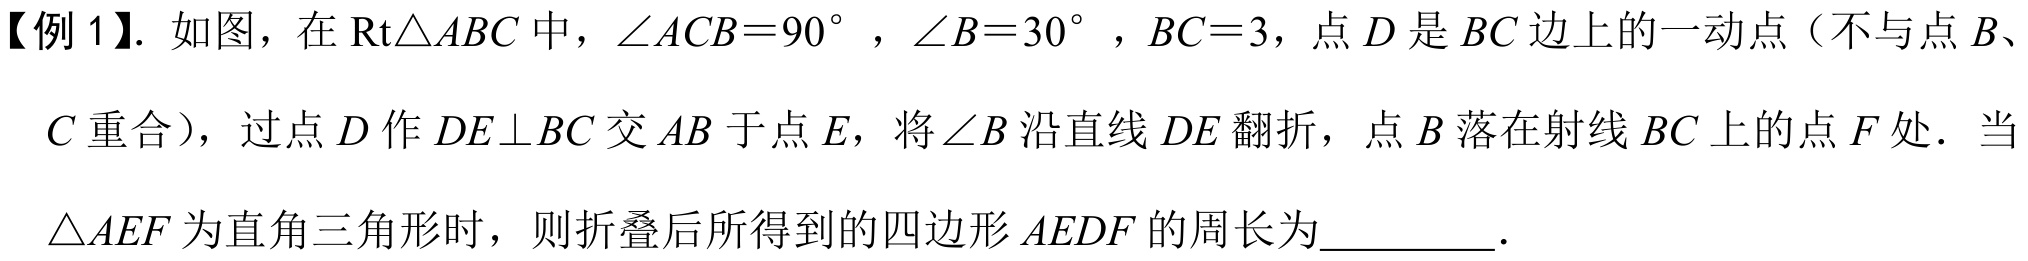
【例1】. 如图，在\(\text{Rt}\triangle ABC\)中，\(\angle ACB = 90^{\circ}\)，\(\angle B = 30^{\circ}\)，\(BC = 3\)，点\(D\)是\(BC\)边上的一动点（不与点\(B\)、\(C\)重合），过点\(D\)作\(DE\perp BC\)交\(AB\)于点\(E\)，将\(\angle B\)沿直线\(DE\)翻折，点\(B\)落在射线\(BC\)上的点\(F\)处．当\(\triangle AEF\)为直角三角形时，则折叠后所得到的四边形\(AEDF\)的周长为________.